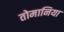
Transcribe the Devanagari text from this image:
तोमानिया